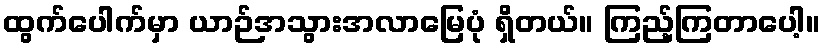
ထွက်ပေါက်မှာ ယာဉ်အသွားအလာမြေပုံ ရှိတယ်။ ကြည့်ကြတာပေါ့။